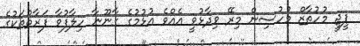
ޕީޖީ މުހުތާޒް މުހުސިން މިރޭ ވިދާޅުވީ އެއްވެ އުޅުމުގެ ގާނޫނާ ހިލާފުވާ ފަރާތްތަކުގެ